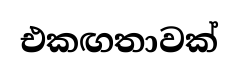
එකඟතාවක්